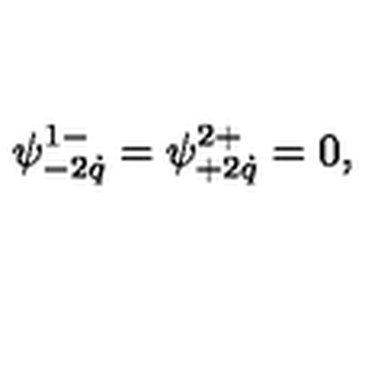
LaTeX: \psi _ { - 2 \dot { q } } ^ { 1 - } = \psi _ { + 2 \dot { q } } ^ { 2 + } = 0 ,